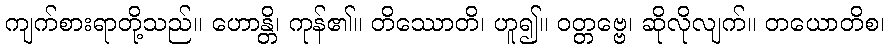
ကျက်စားရာတို့သည်။ ဟောန္တိ၊ ကုန်၏။ တိဿောတိ၊ ဟူ၍။ ဝတ္တဗ္ဗေ၊ ဆိုလိုလျက်။ တယောတိစ၊